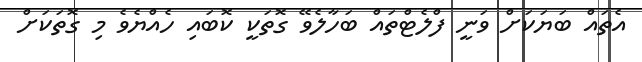
އެތައް ބަޔަކަށް ވަނީ ފްލެޓްތައް ބަހާލެވޭ ގޮތަކީ ކޮބައި ހެއްޔެވެ މި ގޮތަކަށް